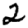
Digit: 2